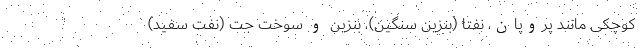
کوچکی مانند پروپان، نفتا (بنزین سنگین)، بنزین و سوخت جت (نفت سفید)